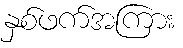
နှစ်ဖက်အကြား